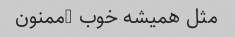
مثل همیشه خوب …ممنون